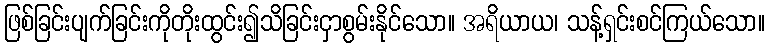
ဖြစ်ခြင်းပျက်ခြင်းကိုတိုးထွင်း၍သိခြင်းငှာစွမ်းနိုင်သော။ အရိယာယ၊ သန့်ရှင်းစင်ကြယ်သော။